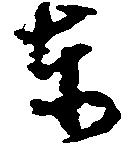
東